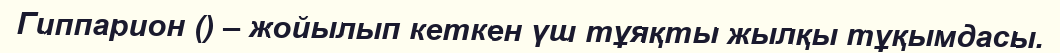
Гиппарион () – жойылып кеткен үш тұяқты жылқы тұқымдасы.